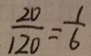
\frac { 2 0 } { 1 2 0 } = \frac { 1 } { 6 }